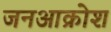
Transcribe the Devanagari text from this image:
जनआक्रोश